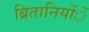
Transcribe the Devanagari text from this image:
ब्रितानियोंें